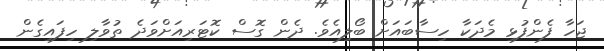
ޖަހާ ފެންފުޅި މެދަކާ ހިސާބައަށް ބޯލިއެވެ. ދެން ގޮސް ކޮޓަރިއަށްވަދެ ތުވާލި ހިފައިގެން